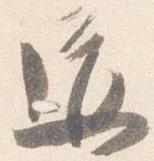
道